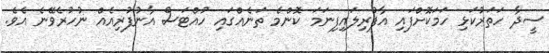
ސީދާ ހަތަރުކަޅި ހަމަކޮށްފައި އާފުރިލައިފިނަމަ ކޮންމެ ތަނެއްގައި ހުއްޓަސް އާނުފުރިއެއް ނުހުރެވޭނެ އެވެ.